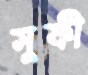
সুফী